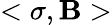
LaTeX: <\sigma,\mathbf{B}>